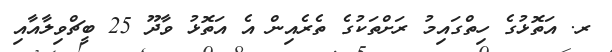
ރ. އަތޮޅުގެ ހިތްގައިމު ރަށްތަކުގެ ތެރެއިން އެ އަތޮޅު ވާދޫ 25 ބީޗްވިލާއާއި